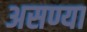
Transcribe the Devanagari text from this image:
असण्या